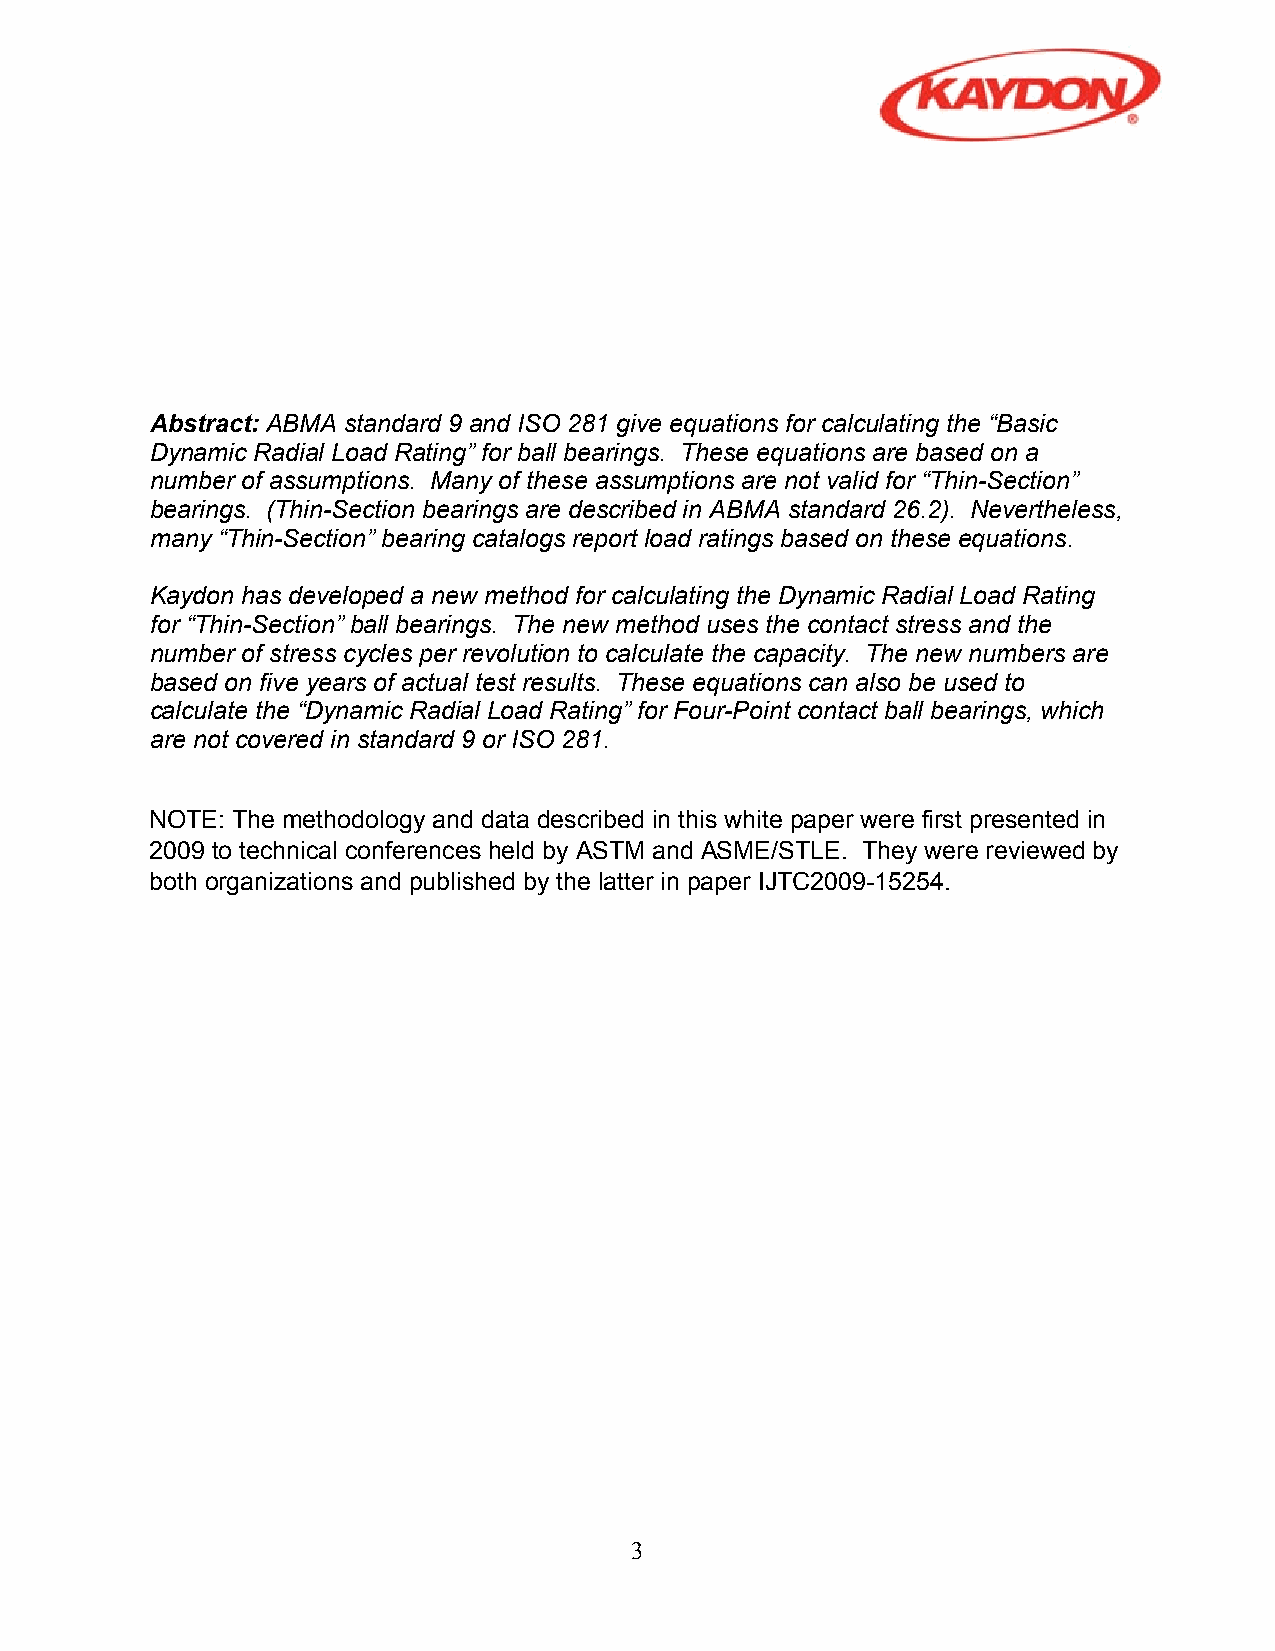
Abstract: ABMA standard 9 and ISO 281 give equations for calculating the “Basic
 Dynamic Radial Load Rating” for ball bearings. These equations are based on a
 number of assumptions. Many of these assumptions are not valid for “Thin-Section”
 bearings. (Thin-Section bearings are described in ABMA standard 26.2). Nevertheless,
 many “Thin-Section” bearing catalogs report load ratings based on these equations.
 Kaydon has developed a new method for calculating the Dynamic Radial Load Rating
 for “Thin-Section” ball bearings. The new method uses the contact stress and the
 number of stress cycles per revolution to calculate the capacity. The new numbers are
 based on five years of actual test results. These equations can also be used to
 calculate the “Dynamic Radial Load Rating” for Four-Point contact ball bearings, which
 are not covered in standard 9 or ISO 281.
 3